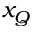
x _ { Q }